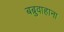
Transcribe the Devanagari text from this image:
बब्रुवाहाना